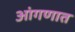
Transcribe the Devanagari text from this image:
आंगणात